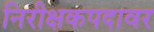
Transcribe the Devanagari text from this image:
निरीक्षकपदावर